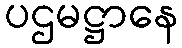
ပဌမဋ္ဌာနေ